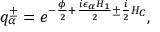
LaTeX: q _ { \alpha } ^ { \pm } = e ^ { - { \frac { \phi } { 2 } } + { \frac { i \epsilon _ { \alpha } H _ { 1 } } { 2 } } \pm { \frac { i } { 2 } } H _ { C } } ,